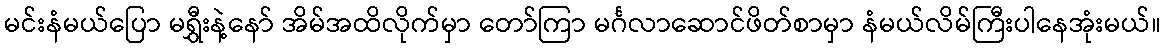
မင်းနံမယ်ပြော မရွှီးနဲ့နော် အိမ်အထိလိုက်မှာ တော်ကြာ မင်္ဂလာဆောင်ဖိတ်စာမှာ နံမယ်လိမ်ကြီးပါနေအုံးမယ်။